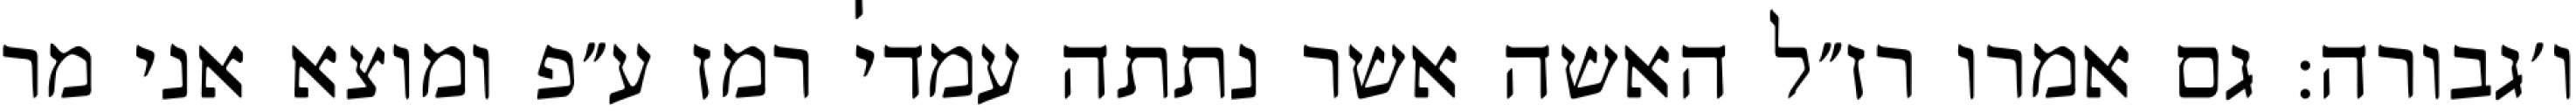
ו׳גבורה: גם אמרו רז״ל האשה אשר נתתה עמדי רמז ע״פ ומוצא אני מר